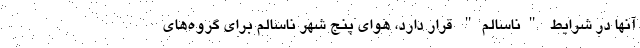
آنها در شرایط "ناسالم" قرار دارد، هوای پنج شهر ناسالم برای گروه‌های